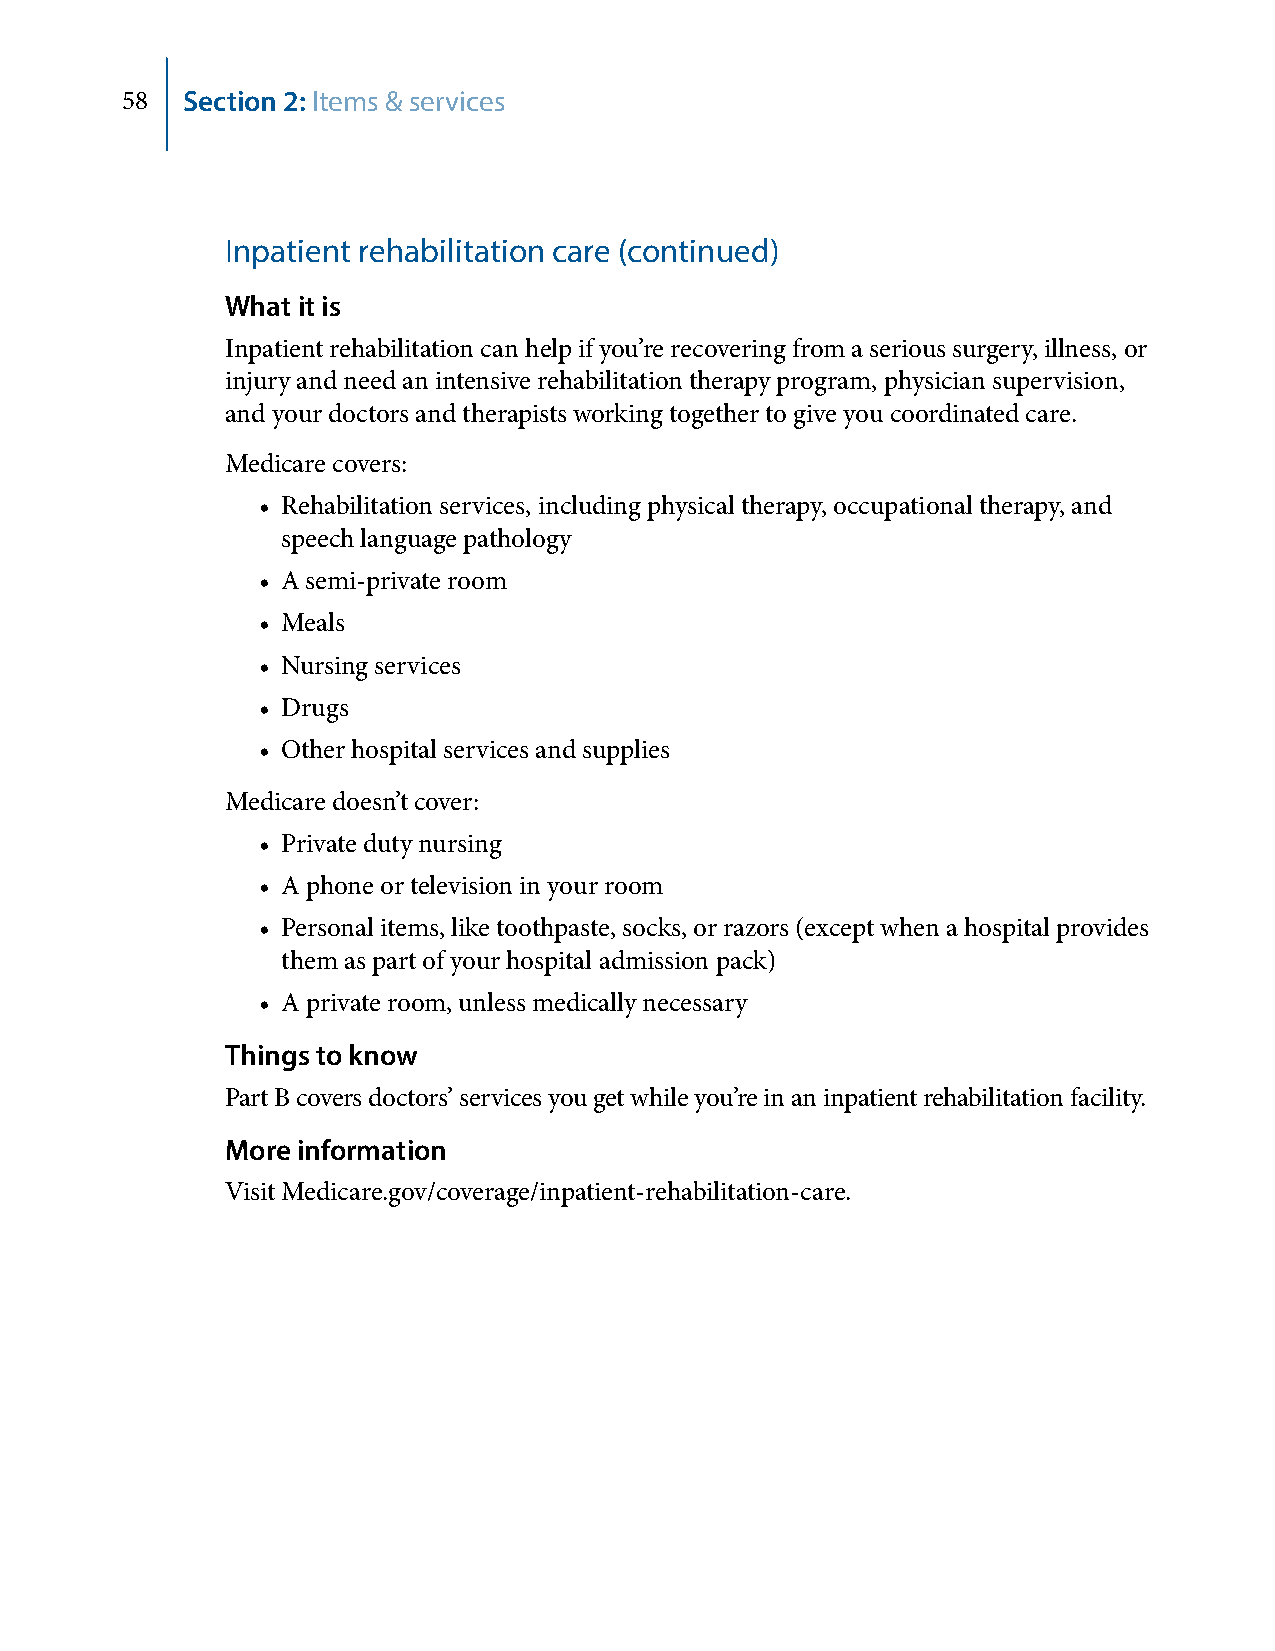
58  Section 2: Items & services
 Inpatient rehabilitation care (continued)
 What it is
 Inpatient rehabilitation can help if you’re recovering from a serious surgery, illness, or
 injury and need an intensive rehabilitation therapy program, physician supervision,
 and your doctors and therapists working together to give you coordinated care.
 Medicare covers:
 • Rehabilitation services, including physical therapy, occupational therapy, and
 speech language pathology
 • A semi-private room
 • Meals
 • Nursing services
 • Drugs
 • Other hospital services and supplies
 Medicare doesn’t cover:
 • Private duty nursing
 • A phone or television in your room
 • Personal items, like toothpaste, socks, or razors (except when a hospital provides
 them as part of your hospital admission pack)
 • A private room, unless medically necessary
 Things to know
 Part B covers doctors’ services you get while you’re in an inpatient rehabilitation facility.
 More information
 Visit Medicare.gov/coverage/inpatient-rehabilitation-care.